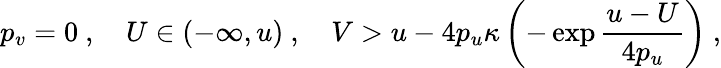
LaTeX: p_{v}=0\ ,\quad U\in(-\infty,u)\ ,\quad V>u-4p_{u}\kappa\left(-\exp\frac{u-U}{4p_{u}}\right)\ ,